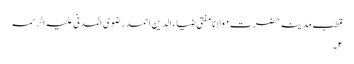
قطب مدینہ حضرت مولانا مفتی ضیاء الدین احمد رضوی المدنی علیہ الرحمہ
۲۔